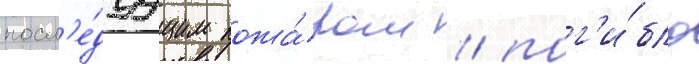
посл'е́дуущим пожа́ром / пог'и́бло